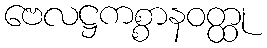
ဗေလဋ္ဌကစ္စာနဝတ္ထု